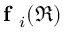
\textbf { f } _ { i } ( \mathfrak { R } )